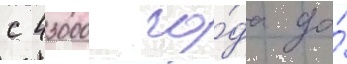
с 43000 го́да до́